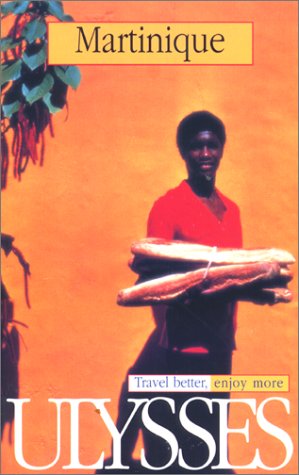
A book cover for Martinique (Ulysses Travel Guide Martinique); Claude Morneau; Travel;